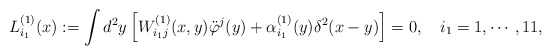
\begin{align*}L_{i_1}^{(1)}(x):=\int d^2y \left[W_{i_1j}^{(1)}(x,y)\ddot\varphi^j(y) +\alpha^{(1)}_{i_1}(y)\delta^2 (x-y)\right]=0, ~~~i_1 = 1, \cdots, 11,\end{align*}